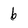
Character: 6